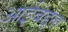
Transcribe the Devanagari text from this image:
आईबद्दल